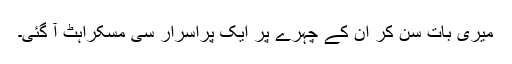
میری بات سن کر ان کے چہرے پر ایک پراسرار سی مسکراہٹ آ گئی۔